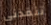
تنقذني